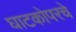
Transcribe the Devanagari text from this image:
घाटकोपरचे